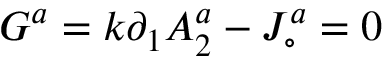
G ^ { a } = k \partial _ { 1 } A _ { 2 } ^ { a } - J _ { \circ } ^ { a } = 0